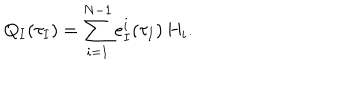
Q _ { I } ( \tau _ { I } ) = \sum _ { i = 1 } ^ { N - 1 } e _ { I } ^ { i } ( \tau _ { I } ) \, H _ { i } .